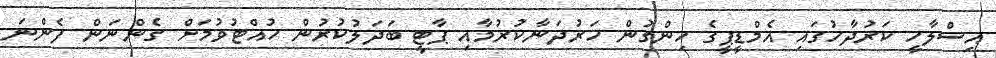
އިސްލާހީ ކަރުދާހުގައި އެމްޑީޕީގެ ހިންގުން ހަރުދަނާކުރުމާއި ޕާޓީ ބަދަލުކުރުން ހުއްޓުވުމަށް ގެންނަން ފެންނަ